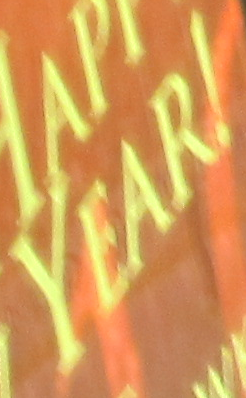
YEAR!